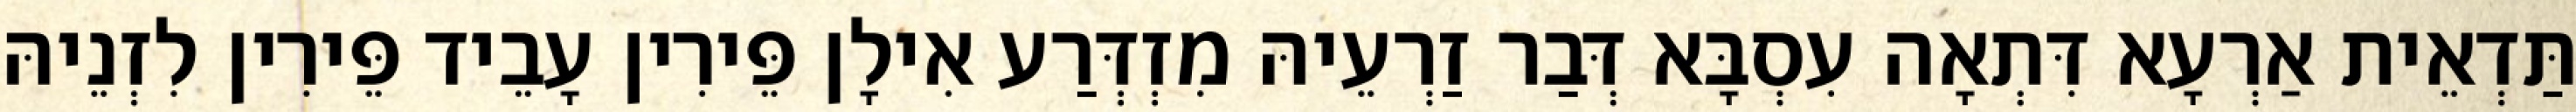
תַּדְאֵית אַרְעָא דִּתְאָה עִסְבָּא דְּבַר זַרְעֵיהּ מִזְדְּרַע אִילָן פֵּירִין עָבֵיד פֵּירִין לִזְנֵיהּ